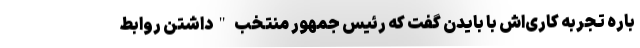
باره تجربه‌ کاری‌اش با بایدن گفت که رئیس جمهور منتخب "داشتن روابط